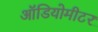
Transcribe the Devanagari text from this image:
ऑडियोमीटर